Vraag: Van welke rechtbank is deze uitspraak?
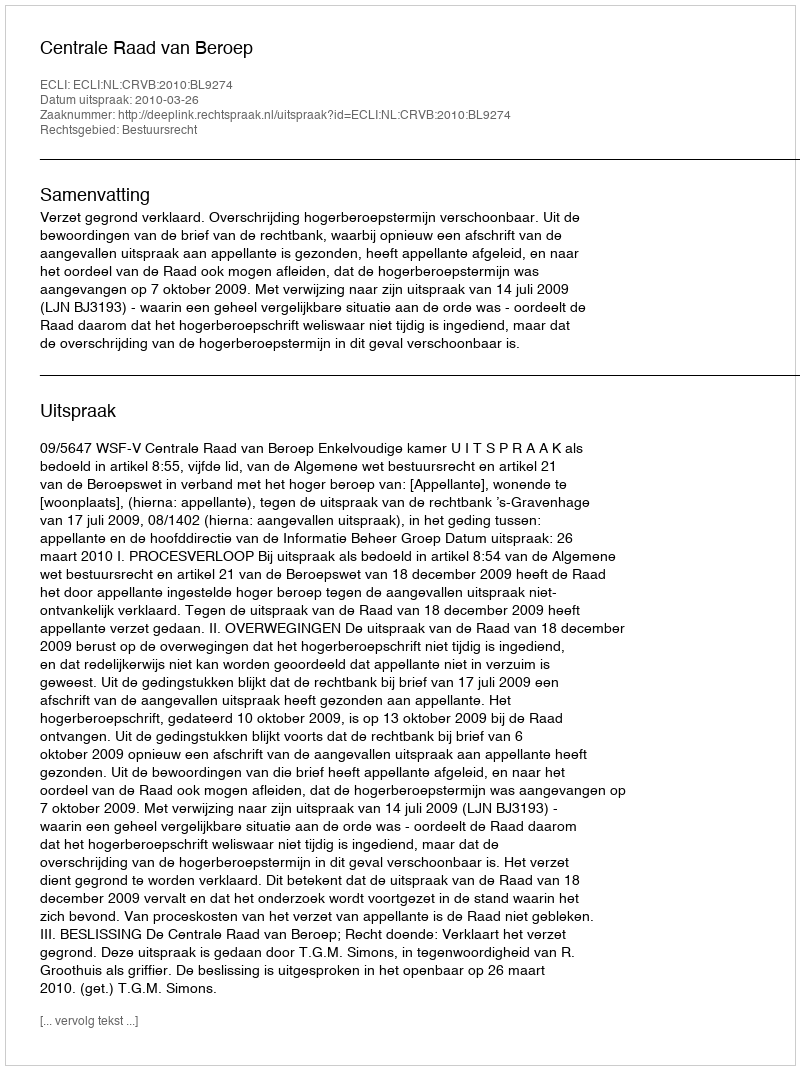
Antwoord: Centrale Raad van Beroep